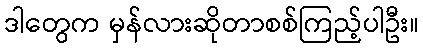
ဒါတွေက မှန်လားဆိုတာစစ်ကြည့်ပါဦး။